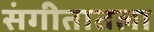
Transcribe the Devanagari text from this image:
संगीतातला